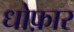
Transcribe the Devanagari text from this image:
धोफ़ार